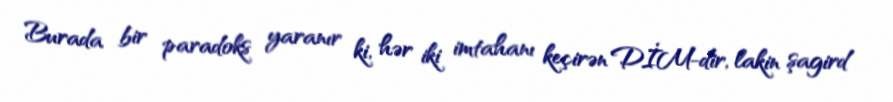
Burada bir paradoks yaranır ki, hər iki imtahanı keçirən DİM-dir, lakin şagird